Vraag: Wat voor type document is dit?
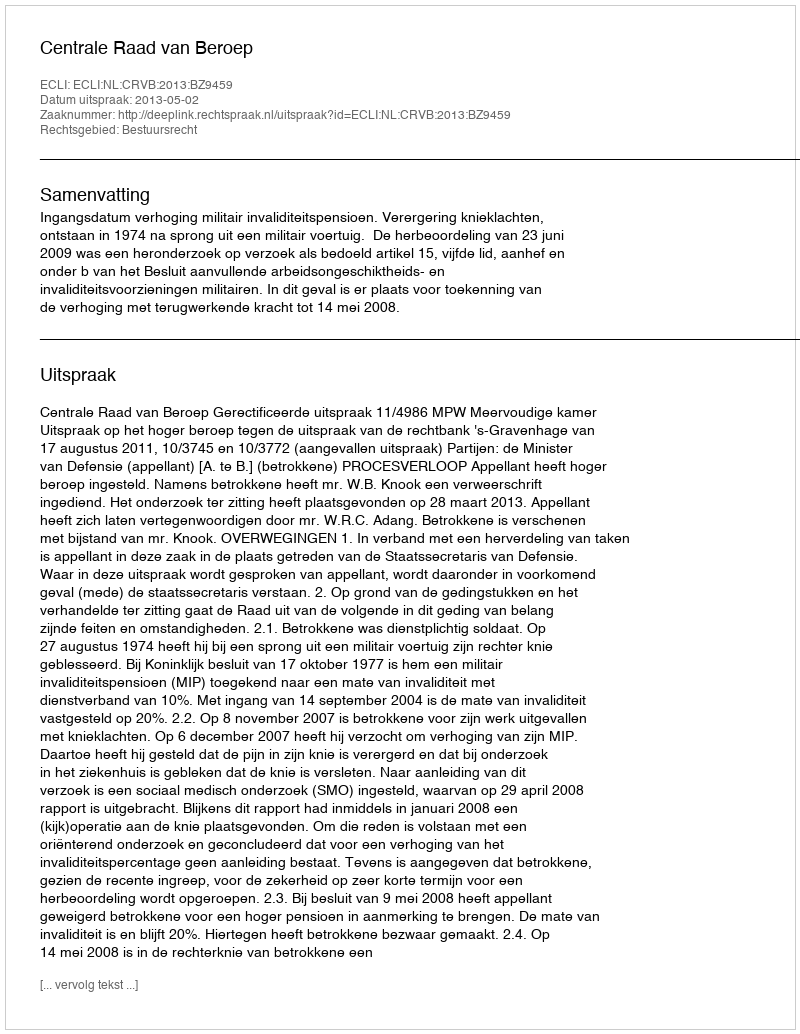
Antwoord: Uitspraak